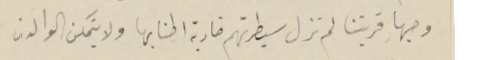
وجها قريتنا لم تزل سيطرتهم ضاربة اطنابها ولا يتمكن الوالدان